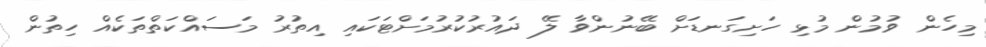
މިހެން ވުމުން މުޅި ހަށިގަނޑަށް ބޭނުންވާ ލޭ ދައުރުކުރުމަށްޓަކައި އިތުރު މަސައްކަތްތަކެއް ހިތުން